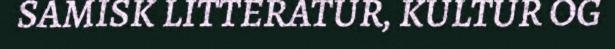
SAMISK LITTERATUR, KULTUR OG